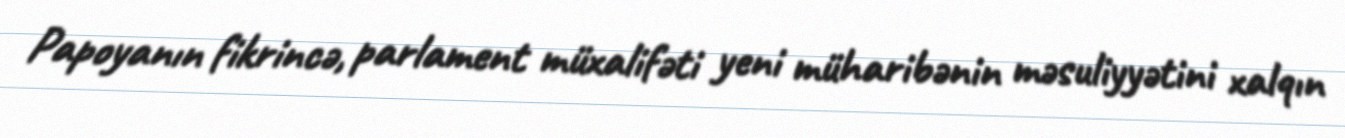
Papoyanın fikrincə, parlament müxalifəti yeni müharibənin məsuliyyətini xalqın